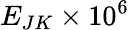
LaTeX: E_{JK}\times 10^{6}